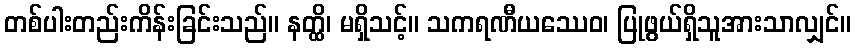
တစ်ပါးတည်းကိန်းခြင်းသည်။ နတ္ထိ၊ မရှိသင့်။ သကရဏီယဿေဝ၊ ပြုဖွယ်ရှိသူအားသာလျှင်။